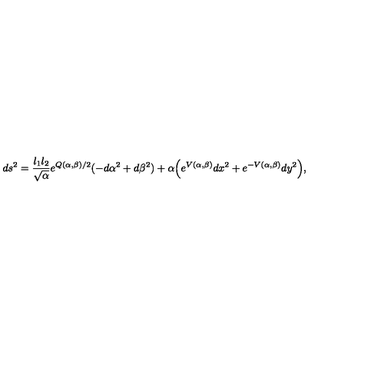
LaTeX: d s ^ { 2 } = { \frac { l _ { 1 } l _ { 2 } } { \sqrt { \alpha } } } e ^ { Q ( \alpha , \beta ) / 2 } ( - d \alpha ^ { 2 } + d \beta ^ { 2 } ) + \alpha { \left( e ^ { V ( \alpha , \beta ) } d x ^ { 2 } + e ^ { - V ( \alpha , \beta ) } d y ^ { 2 } \right) } ,